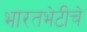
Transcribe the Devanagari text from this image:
भारतभेटीचे